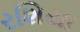
રશિયા